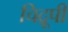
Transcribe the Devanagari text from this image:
चिद्रूपी